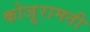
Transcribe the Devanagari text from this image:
कोजूरामती